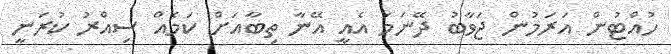
ހުއްޓުން އަރަމުން ޖަވާބު ދޭނަމަ އެއީ އޭނާ ތިބާއަށް ކަމެއް ސިއްރު ކުރަނީ